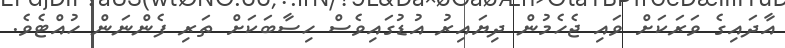
އާދައިގެ ވަރަކަށް ވައި ޖެހެމުން ދިޔައިރު އުޑުގައިވެސް ހިސާބަކަށް ތަރި ފެންނަން ހުއްޓެވެ.